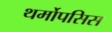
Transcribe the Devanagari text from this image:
थर्मोपसिस